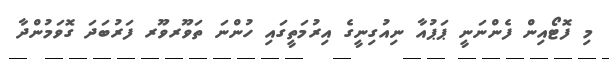
މި ފޮޓޯއިން ފެންނަނީ ޕަޕުއާ ނިއުގިނީގެ އިރުމަތީގައި ހުންނަ ތަވޫރވޫރ ފަރުބަދަ ގޮވަމުންދާ